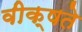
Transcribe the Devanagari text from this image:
वीक्षते